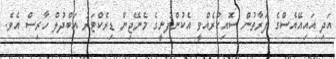
އަދި އައިއޭއެސްގެ ފަރާތުން ސޮއިކުރެއްވީ އެކުންފުނީގެ މެނޭޖިން ޑިރެކްޓަރު އަބްދުލް ހާރިސް އެވެ.